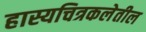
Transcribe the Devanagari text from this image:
हास्यचित्रकलेतील